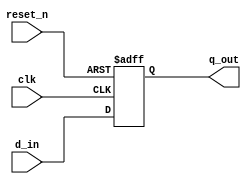
`timescale 1ns / 1ps
//////////////////////////////////////////////////////////////////////////////////
// Company: 
// Engineer: 
// 
// Design Name: 
// Module Name: lab53_period_violation
// Project Name: 
// Target Devices: 
// Tool Versions: 
// Description: 
// 
// Dependencies: 
// 
// Revision:
// Revision 0.01 - File Created
// Additional Comments:
// 
//////////////////////////////////////////////////////////////////////////////////


module lab53_period_violation(
                                input d_in, clk, reset_n,
                                output reg q_out

    );
always @(posedge clk or negedge reset_n)
    begin
        if(!reset_n)
            q_out <= 1'b0;
        else
            q_out <= d_in;
    end
endmodule